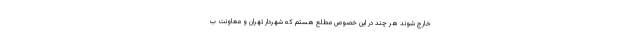
خارج شوند هر چند در این خصوص مطلع هستم که شهردار تهران و معاونت ب